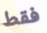
فقط